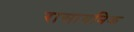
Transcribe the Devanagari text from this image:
रासायनिक